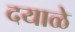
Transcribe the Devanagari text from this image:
दयाळे